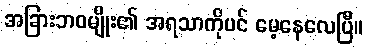
အခြားဘဝမျိုး၏ အရသာကိုပင် မေ့နေလေပြီ။